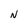
Character: N